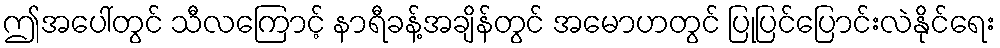
ဤအပေါ်တွင် သီလကြောင့် နာရီခန့်အချိန်တွင် အမောဟတွင် ပြုပြင်ပြောင်းလဲနိုင်ရေး